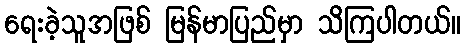
ရေးခဲ့သူအဖြစ် မြန်မာပြည်မှာ သိကြပါတယ်။